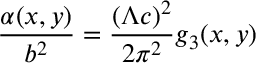
\frac { \alpha ( x , y ) } { b ^ { 2 } } = \frac { ( \Lambda c ) ^ { 2 } } { 2 \pi ^ { 2 } } g _ { 3 } ( x , y )